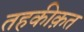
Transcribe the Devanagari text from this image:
तहकीक़त